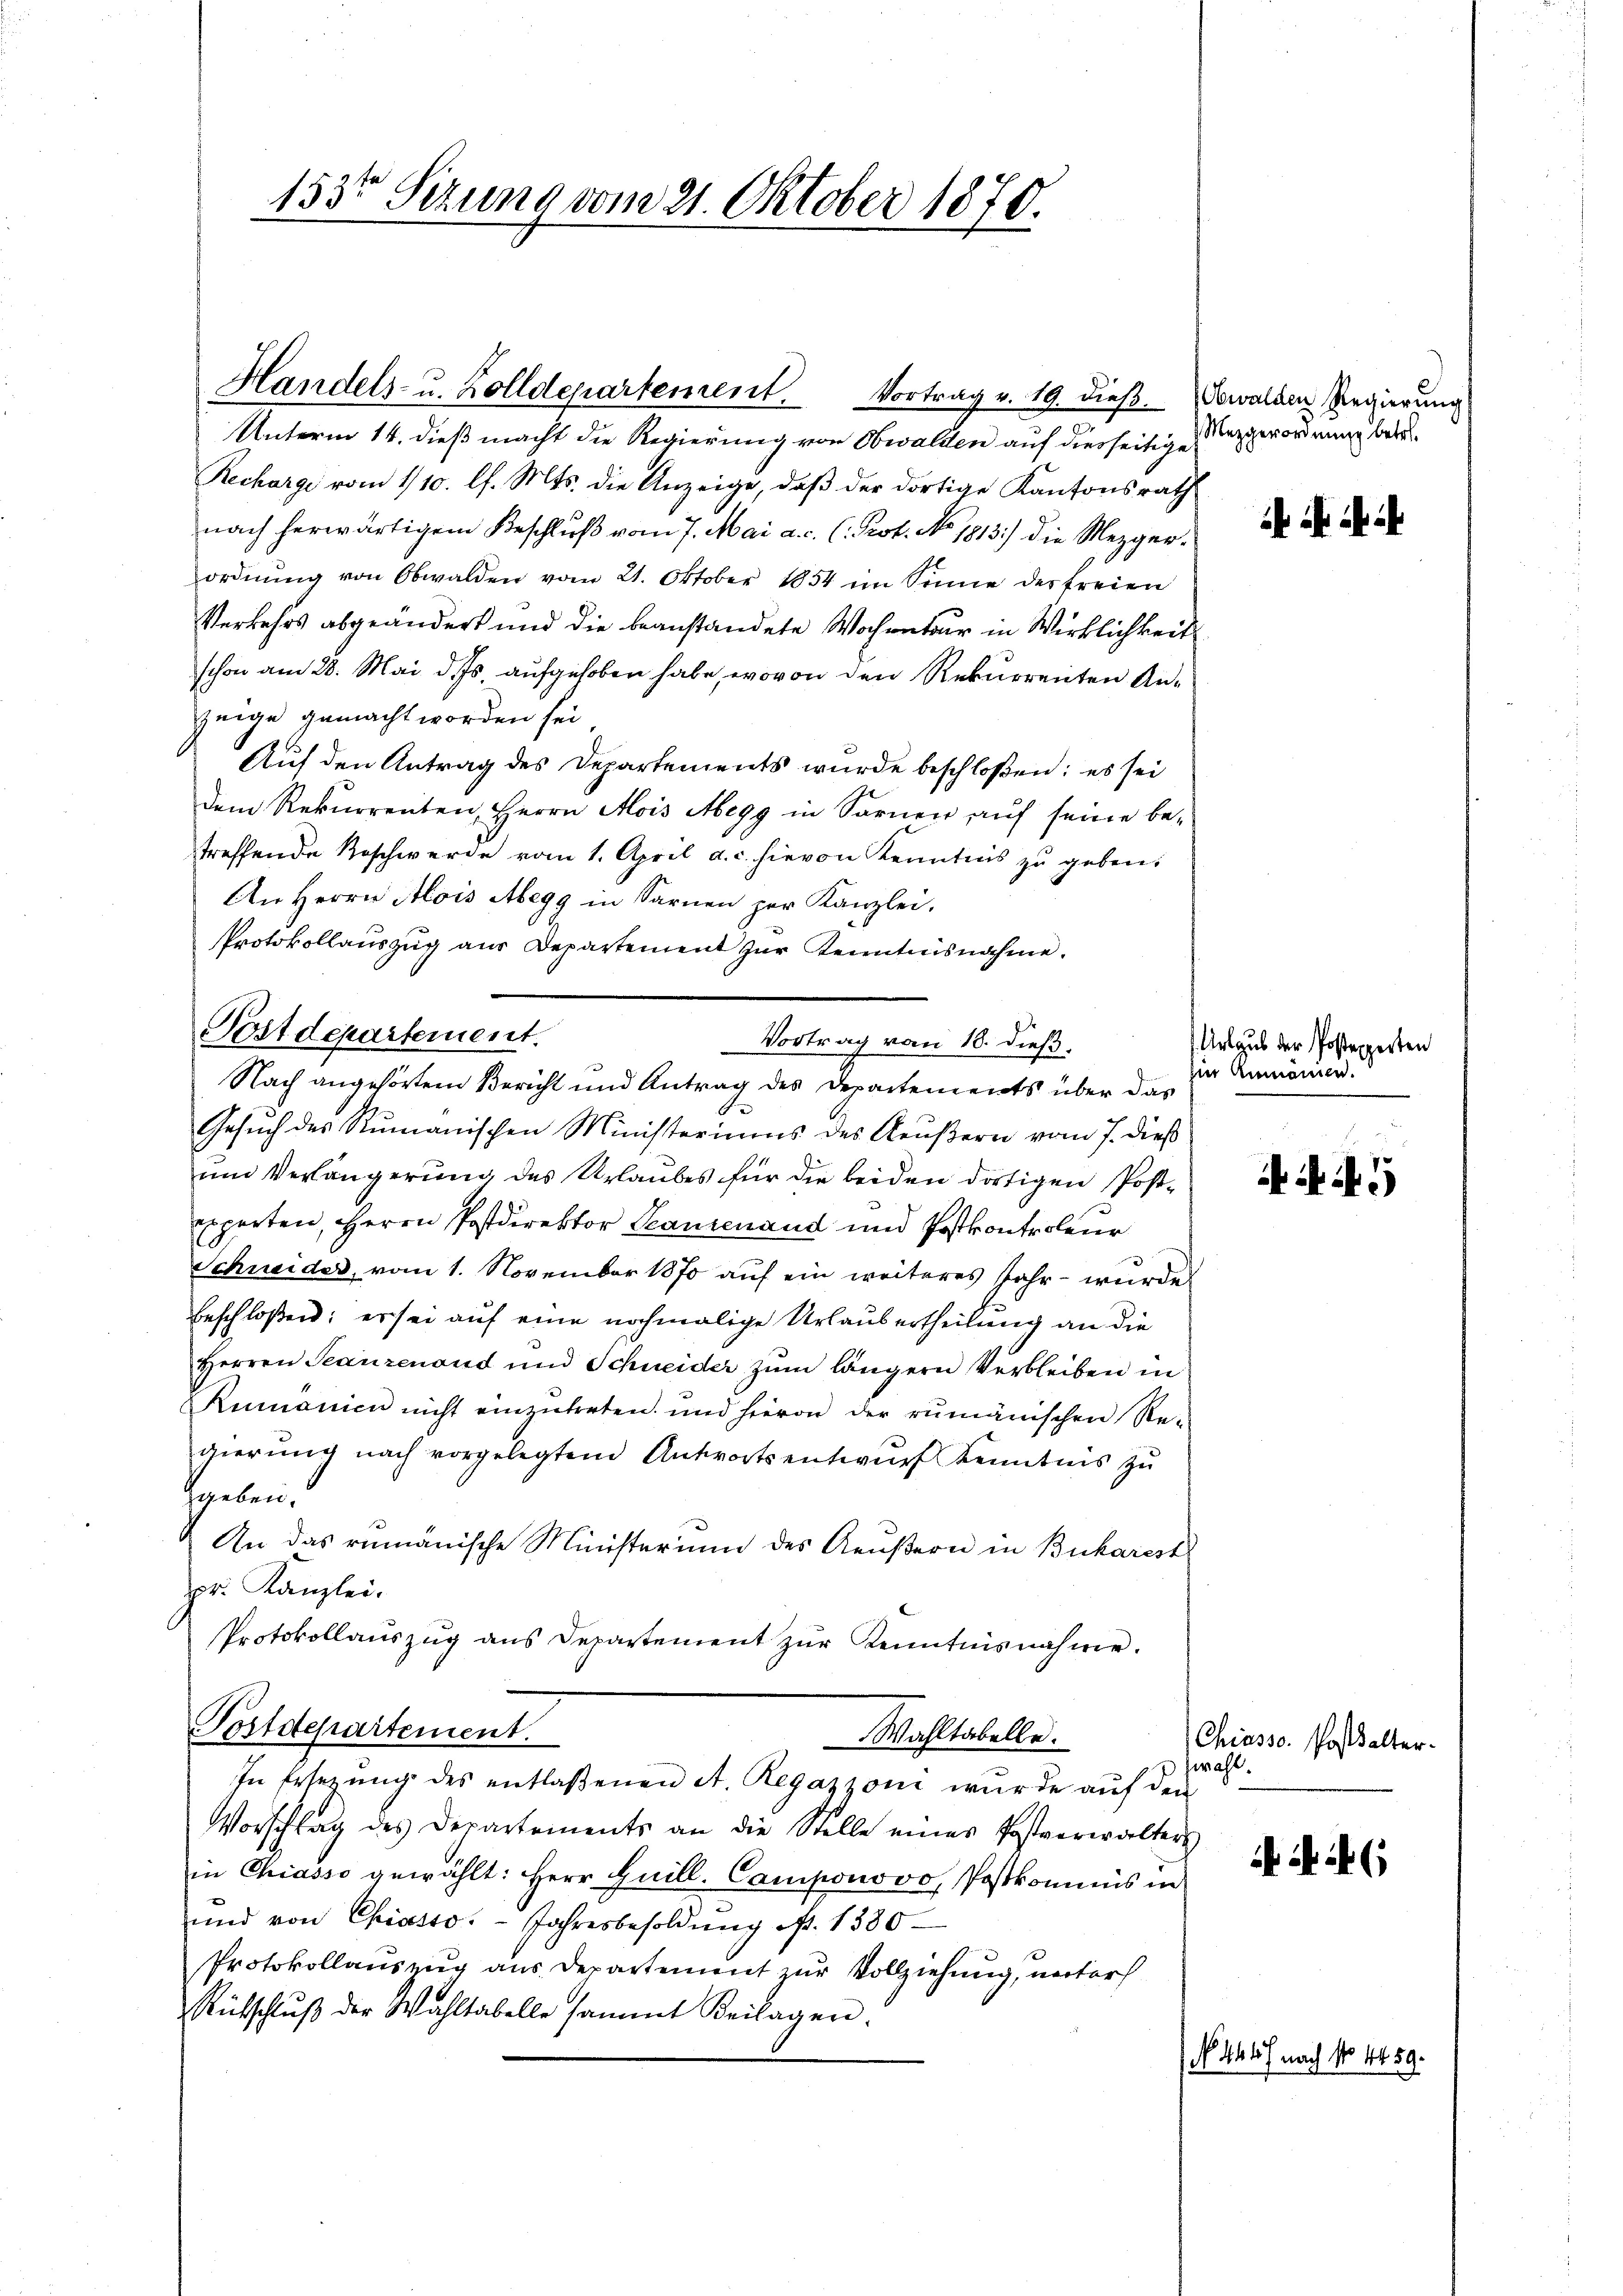
153t Sezung vom 21. Oktober 1870.

Handels- u. Zolldepartement. Vortrag v. 19. dieß. Sowalden Regierung

Unterm 14. dieß macht die Regierung von Obwalden auf diesseitige Mezgerordnung betr
Recharge vom 1/10. l. Mts. die Anzeige, daß der dortige Kantonsrath
nach herwärtigem Beschluß vom 7. Mai a.c. (Prot. No. 1813.) die Mezgerordnung von Obwalden vom 21. Oktober 1854 im Sinne der freien
Verkehrs abgeändert und die beanstandete Wochentar in Wirklichkeit
schon am 28. Mai d. Js aufgehoben habe, wovon den Rekurrenten Anzeige gemacht worden sei
Auf den Antrag des Departements wurde beschloßen: es sei
dem Rekurrenten, Herrn Mois Abegg in Sarnen aŭf seine be-
treffende Roschwerde vom 1. April a. c. hievon Kenntnis zŭ geben.
An Herrn Alois Abegg in Sarnen per Kanzlei.
Protokollauszug aus Departement zur Kenntnisnahme.
Gesŭch des Rŭmanischen Ministeriums des Aeŭβern vom 7. dieß
um Verlängerung des Urlaubes für die beiden dortigen Postexperten, Herrn Postdirektor Ganzenand und Postkontroleur
Schneider, vom 1. November 1870 auf ein weiteres Jahr - wurde
beschloßen; er sei auf eine nochmalige Urlaubertheilung an die
Herren Teanzenoud und Schneider zum längern Verbleiben in
Rumanien nicht einzŭtreten und hievon der rumänischen Re-
gierŭng nach vorgelegtem Antwortsentwŭrf Kenntnis zu
ggeben.
An das rumänische Ministerium des Aeußern in Bukarest
pr. Kanzlei.
Protokollauszug aus Departement zur Kenntnisnahme.
Postdepartement.
Wahltabelle.
In Ersezung des entlaßenen A. Regazzoni wurde auf den
Vorschlag des Departements an die Stelle eines Postverwalters
in Chiasso gewählt: Herr Guill. Camponovo, Postkommis in
und von Chiasso. Jahresbesoldŭng N. 1380
Protokollauszug aus Departement zur Vollziehung, nector
Rückschlŭβ der Wahltabelle sammt Beilagen.

Postdepartement.
Vortrag vom 18. dieß.
Nach angehörtem Bericht und Antrag des Departements über das

Urlaub der Postepporten
Ein Anmannen.

Chiasso. Postalter.
wahl.

Aif. 5

(

) No. 444 nach No 4459.